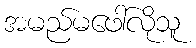
အမည်မဖေါ်လိုသူ